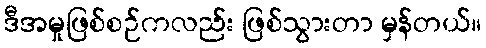
ဒီအမှုဖြစ်စဉ်ကလည်း ဖြစ်သွားတာ မှန်တယ်။